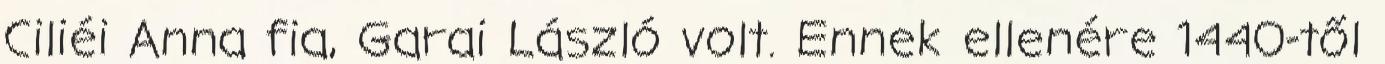
Ciliéi Anna fia, Garai László volt. Ennek ellenére 1440-től